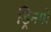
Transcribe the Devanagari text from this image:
ड्रिनगो